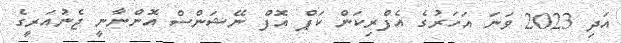
އަދި 2023 ވަނަ އަހަރުގެ އެފްރިކަން ކަޕް އޮފް ނޭޝަންސް އޮންނާނީ ޖެނުއަރީގެ